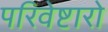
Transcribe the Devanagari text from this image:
परिवेष्टारो